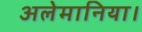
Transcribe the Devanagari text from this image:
अलेमानिया।